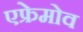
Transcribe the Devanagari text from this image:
एफ्रेमोव